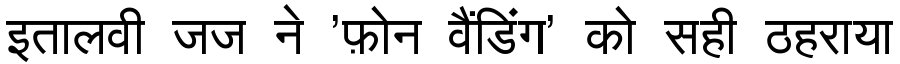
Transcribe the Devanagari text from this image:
इतालवी जज ने 'फ़ोन वैंडिंग' को सही ठहराया